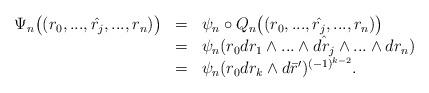
LaTeX: \begin{align*}\begin{array}{lcl} \Psi_{n}\big((r_0,...,\hat{r_j},...,r_{n})\big)&=&\psi_{n}\circ Q_{n}\big((r_0,...,\hat{r_j},...,r_{n})\big)\\&=&\psi_{n}(r_0dr_1\wedge...\wedge\hat{dr_j}\wedge...\wedge dr_n)\\&=&\psi_{n}(r_0dr_k\wedge d\bar{r}')^{(-1)^{k-2}}.\end{array}\end{align*}